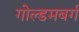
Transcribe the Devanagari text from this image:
गोल्डमबर्ग